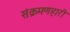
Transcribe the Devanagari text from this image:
संक्रमणहारी